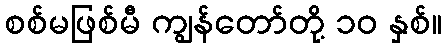
စစ်မဖြစ်မီ ကျွန်တော်တို့ ၁၀ နှစ်။